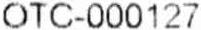
OTC-000127